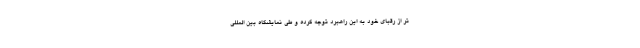
تر از رقبای خود به این راهبرد توجه کرده و طی نمایشگاه بین المللی